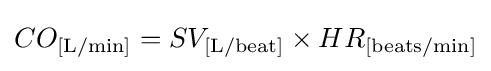
CO_{\text{[L/min]}}=SV_{\text{[L/beat]}}\times HR_{\text{[beats/min]}}